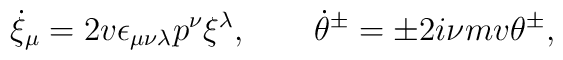
\dot{\xi}_\mu=2v\epsilon_{\mu\nu\lambda}p^\nu\xi^\lambda,\qquad\dot{\theta}{}^\pm=\pm 2i\nu mv\theta^\pm,